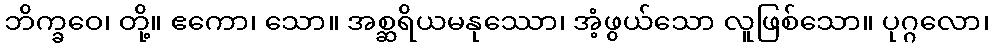
ဘိက္ခဝေ၊ တို့။ ဧကော၊ သော။ အစ္ဆရိယမနုဿော၊ အံ့ဖွယ်သော လူဖြစ်သော။ ပုဂ္ဂလော၊